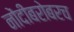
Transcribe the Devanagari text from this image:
नोंदींबरोबरच